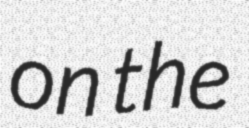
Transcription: on the